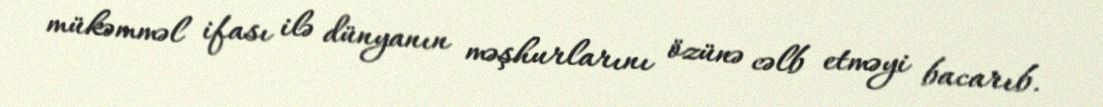
mükəmməl ifası ilə dünyanın məşhurlarını özünə cəlb etməyi bacarıb.